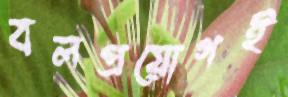
বলপ্রয়োগই